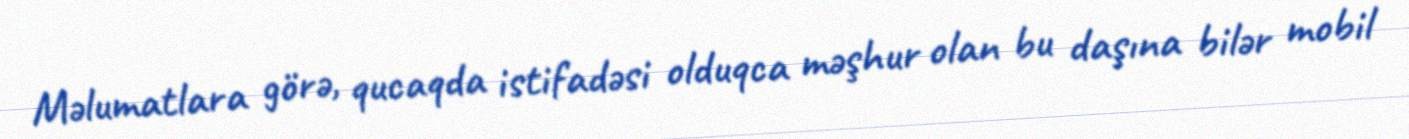
Məlumatlara görə, qucaqda istifadəsi olduqca məşhur olan bu daşına bilər mobil